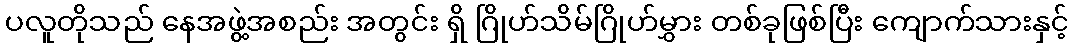
ပလူတိုသည် နေအဖွဲ့အစည်း အတွင်း ရှိ ဂြိုဟ်သိမ်ဂြိုဟ်မွှား တစ်ခုဖြစ်ပြီး ကျောက်သားနှင့်